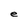
Character: e